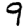
Digit: 9